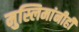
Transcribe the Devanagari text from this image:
मुस्लिमांनीही